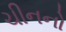
ચીનનો